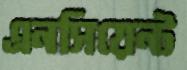
এনসিয়েন্ট